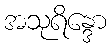
အသုရိန္ဒော